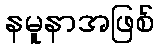
နမူနာအဖြစ်